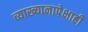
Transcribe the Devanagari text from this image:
व्याख्यानापेक्षाही